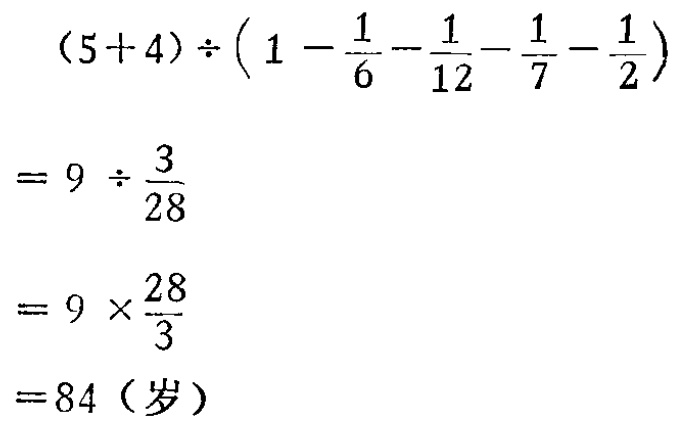
\((5 + 4)\div\left(1 - \frac{1}{6} - \frac{1}{12} - \frac{1}{7} - \frac{1}{2}\right)\)

\(= 9\div\frac{3}{28}\)

\(= 9\times\frac{28}{3}\)

\(= 84（岁）\)